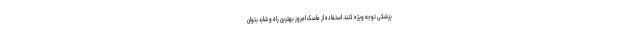
پزشکی توجه ویژه کنند. استفاده از ماسک امروز بهترین راه و شاید بتوان